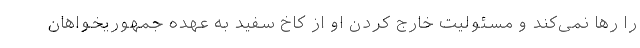
را رها نمی‌کند و مسئولیت خارج کردن او از کاخ سفید به عهده جمهوریخواهان